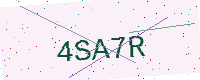
Text: 4SA7R